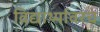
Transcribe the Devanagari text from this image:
विद्यार्थ्यावरच